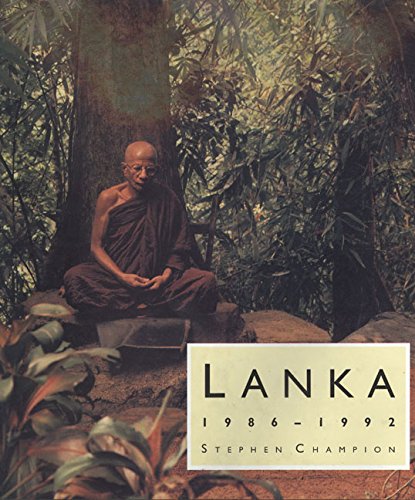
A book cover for Lanka: 1986 - 1992; Stephen Champion; Travel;